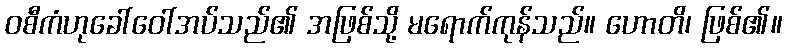
ဝစီကံဟုခေါ်ဝေါ်အပ်သည်၏ အဖြစ်သို့ မရောက်ကုန်သည်။ ဟောတိ၊ ဖြစ်၏။